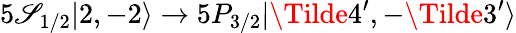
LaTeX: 5\mathscr{S}_{1/2}|2,-2\rangle\rightarrow5P_{3/2}|\Tilde{4}^{\prime},-\Tilde{3}^{\prime}\rangle